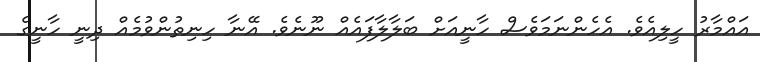
އައްމާރު ހީލިއެވެ. އެހެންނަމަވެސް ހާނީއަށް ބަލާލާފައެއް ނޫނެވެ. އޭނާ ހިނިތުންވުމެއް ދިނީ ހާނީގެ